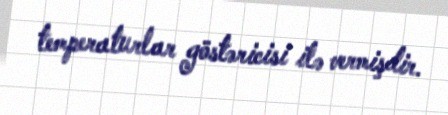
temperaturlar göstəricisi ilə vermişdir.